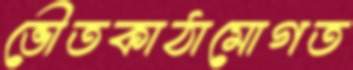
ভৌতকাঠামোগত